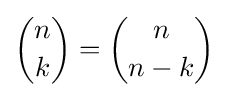
{n \choose k}={n \choose n-k}